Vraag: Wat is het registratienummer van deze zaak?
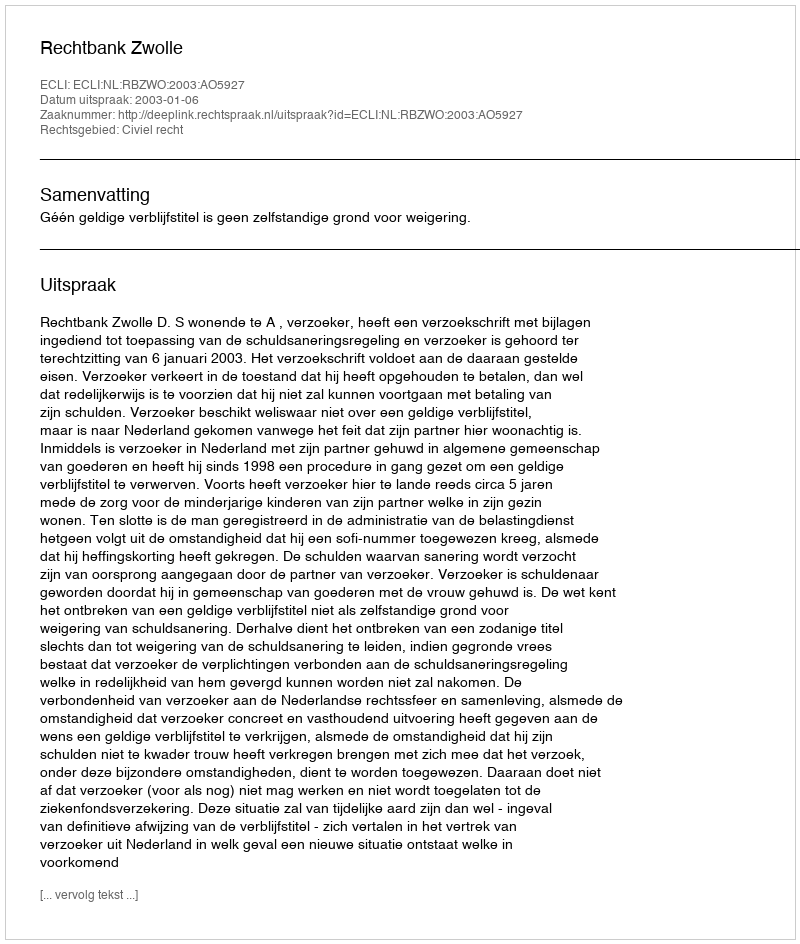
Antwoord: http://deeplink.rechtspraak.nl/uitspraak?id=ECLI:NL:RBZWO:2003:AO5927